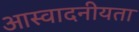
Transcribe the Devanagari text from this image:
आस्वादनीयता